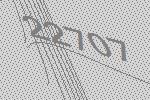
22707